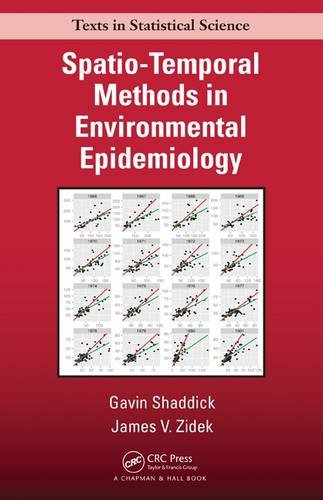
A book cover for Spatio-Temporal Methods in Environmental Epidemiology (Chapman & Hall/CRC Texts in Statistical Science); Gavin Shaddick; Science & Math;